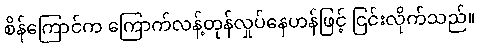
စိန်ကြောင်က ကြောက်လန့်တုန်လှုပ်နေဟန်ဖြင့် ငြင်းလိုက်သည်။